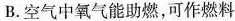
B.空气中氧气能助燃，可作燃料